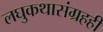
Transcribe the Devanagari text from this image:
लघुकथासंग्रहही